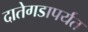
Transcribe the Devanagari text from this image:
दातेगडापर्यंत